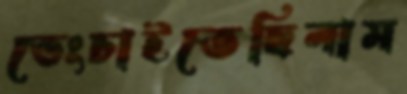
ভেংচাইতেছিলাম